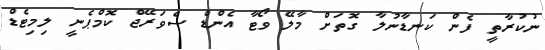
ނުކުރާތީ ފެން ކަނޑާނުލާ ގޮތަށް މާލޭ ވޯޓާ އެންޑް ސެވަރޭޖް ކޮމްޕެނީ ލިމިޓެޑް